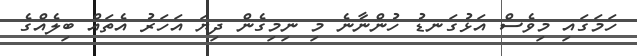
ހަމަގައި މިވެސް އަޅުގަނޑު ހުންނާނެ މި ނިމިގެން ދިޔަ އަހަރު އެތައް ބިލެއްގެ